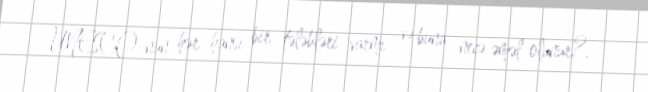
UNESCO-nun hər hansı bir tələbləri varmı və buna necə əməl olunur?.